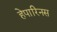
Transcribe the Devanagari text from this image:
हेपारिनस